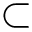
\subset